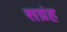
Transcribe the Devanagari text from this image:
सग्रंह